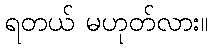
ရတယ် မဟုတ်လား။